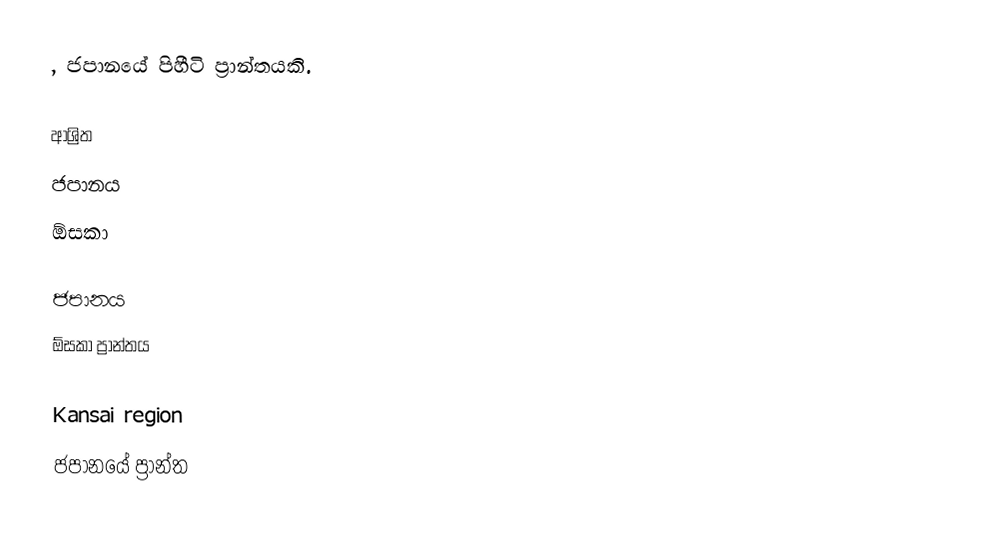
, ජපානයේ පිහීටි ප්‍රාන්තයකි.

ආශ්‍රිත
 ජපානය
 ඕසකා

ජපානය
ඕසකා ප්‍රාන්තය

Kansai region
ජපානයේ ප්‍රාන්ත